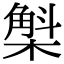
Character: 𣘳